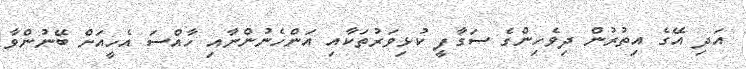
އަދި އޭގެ އިތުރުން ދިވެހިންގެ ސަގާފީ ކުޅިވަރުތަކާއި އަންހެނުންނާއި ހާއްސަ އެހީއަށް ބޭނުންވާ